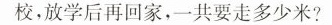
校，放学后再回家，一共要走多少米?